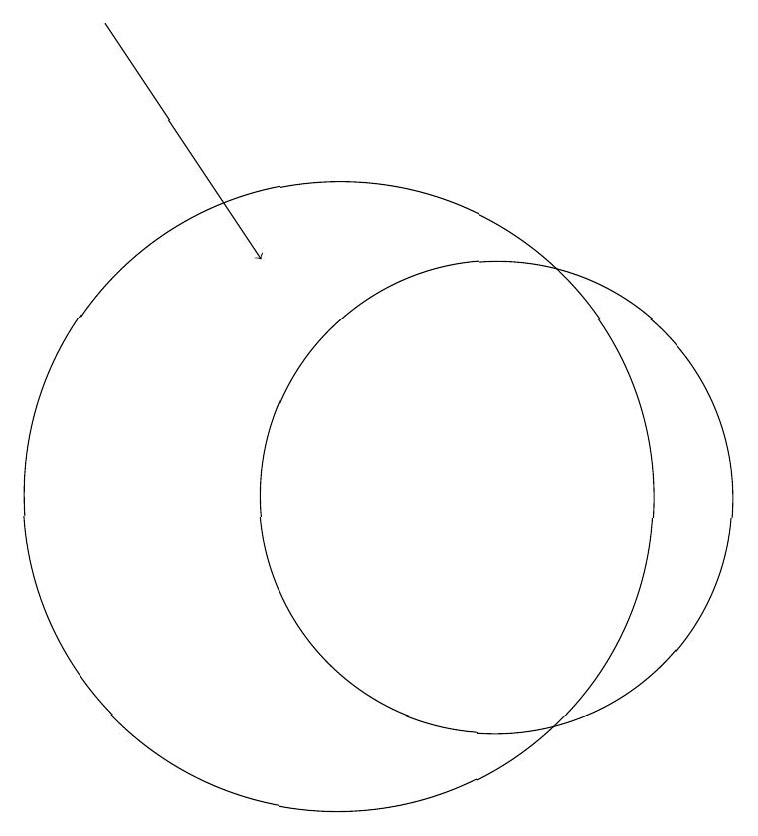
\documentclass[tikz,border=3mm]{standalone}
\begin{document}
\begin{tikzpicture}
\draw[->] (7,17) -- (9,14);
\draw (10,11) circle (4);
\draw (12,11) circle (3);
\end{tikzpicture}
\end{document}